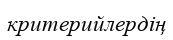
критерийлердің